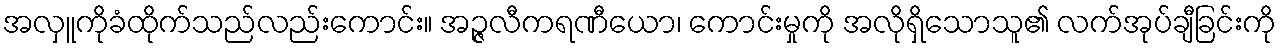
အလှူကိုခံထိုက်သည်လည်းကောင်း။ အဉ္ဇလီကရဏီယော၊ ကောင်းမှုကို အလိုရှိသောသူ၏ လက်အုပ်ချီခြင်းကို